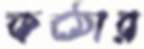
কঠোর